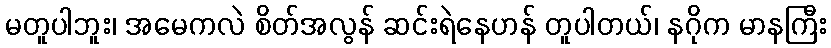
မတူပါဘူး၊ အမေကလဲ စိတ်အလွန် ဆင်းရဲနေဟန် တူပါတယ်၊ နဂိုက မာနကြီး